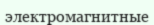
электромагнитные